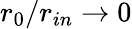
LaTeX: r_{0}/r_{in}\rightarrow 0